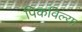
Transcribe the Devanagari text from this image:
पिकविल्या